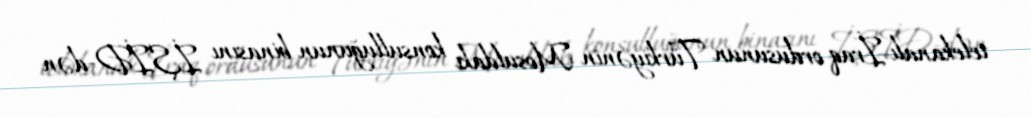
telekanalı İraq ordusunun Türkiyənin Mosuldakı konsulluğunun binasını İŞİD-dən